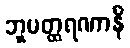
ဘူမတ္ထရဏာနိ